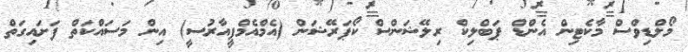
މޯލްޑިވްސް މާކެޓިން އެންޑް ޕަބްލިކް ރިލޭޝަންސް ކޯޕަރޭޝަން (އެމްއެމްޕީއާރުސީ) އިން މަސައްކަތް ފަށައިގަތް